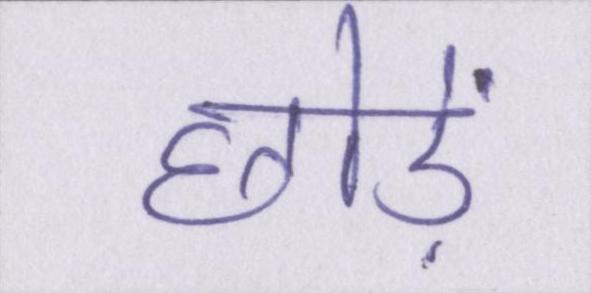
छोड़ें